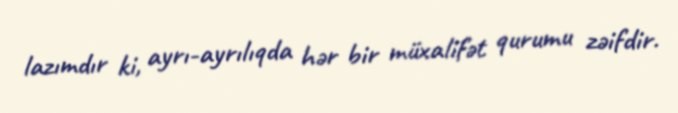
lazımdır ki, ayrı-ayrılıqda hər bir müxalifət qurumu zəifdir.